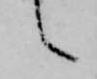
之